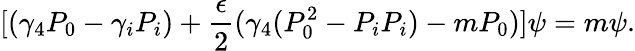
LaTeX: [(\gamma_{4}P_{0}-\gamma_{i}P_{i})+\frac{\epsilon}{2}(\gamma_{4}(P_{0}^{2}-P_{i}P_{i})-mP_{0})]\psi=m\psi.